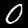
Digit: 0